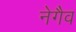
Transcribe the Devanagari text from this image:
नेगैव